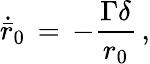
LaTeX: \dot{\bar{r}}_{0}\, =\, -\frac{\Gamma\delta}{r_{0}}\, ,